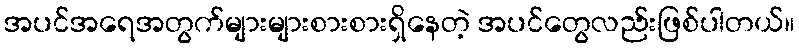
အပင်အရေအတွက်များများစားစားရှိနေတဲ့ အပင်တွေလည်းဖြစ်ပါတယ်။